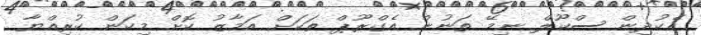
އެކުދިން ސްކޫލް ނިމޭ ތަނުން އެގްރޫޕް ތަކަށް އަމާޒު ކޮށް މިކަން ކުރިއްޔާ